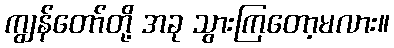
ကျွန်တော်တို့ အခု သွားကြတော့မလား။